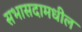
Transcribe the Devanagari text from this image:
सभासदामधील